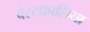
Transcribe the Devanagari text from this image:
वेस्टफ़ालिया